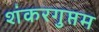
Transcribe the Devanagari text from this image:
शंकरगुप्तम